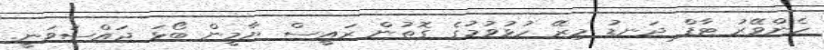
ހެންވޭރު ޓާފް ދަނޑު މިރޭ ހުޅުވުމުގެ ގޮތުން ރައީސް ޔާމީން ބޯޅަ ޖައްސަވަނީ.